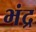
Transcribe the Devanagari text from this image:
भंद्र